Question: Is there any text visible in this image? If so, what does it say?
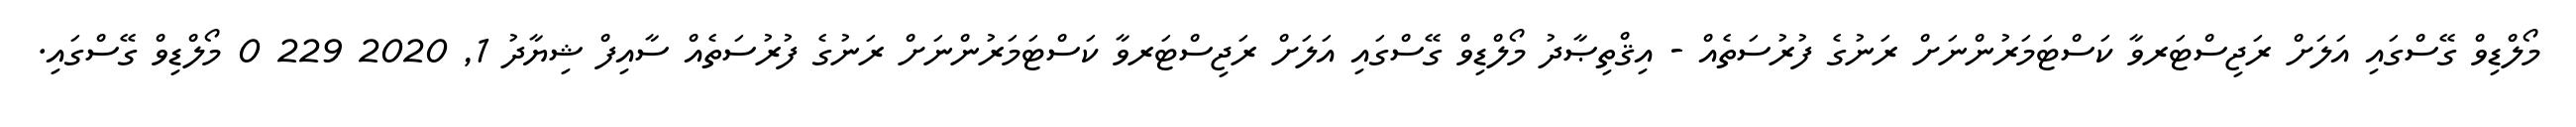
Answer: މޯލްޑިވް ގޭސްގައި އަލަށް ރަޖިސްޓަރވާ ކަސްޓަމަރުންނަށް ރަނުގެ ފުރުސަތެއް - އިޤްތިޞާދު މޯލްޑިވް ގޭސްގައި އަލަށް ރަޖިސްޓަރވާ ކަސްޓަމަރުންނަށް ރަނުގެ ފުރުސަތެއް ސާއިފް ޝިޔާދު 1, 2020 229 0 މޯލްޑިވް ގޭސްގައި.